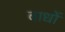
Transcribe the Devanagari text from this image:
बाधों